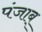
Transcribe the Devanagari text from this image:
पंजाब्